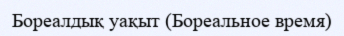
Бореалдық уақыт (Бореальное время)